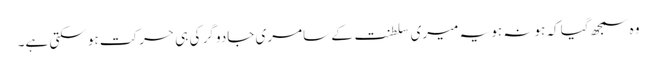
وہ سمجھ گیا کہ ہونہ ہو یہ میری سلطنت کے سامری جادو گر کی ہی حرکت ہو سکتی ہے۔